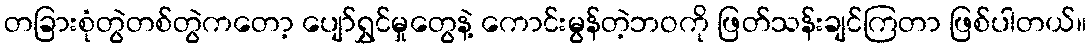
တခြားစုံတွဲတစ်တွဲကတော့ ပျော်ရွှင်မှုတွေနဲ့ ကောင်းမွန်တဲ့ဘဝကို ဖြတ်သန်းချင်ကြတာ ဖြစ်ပါတယ်။